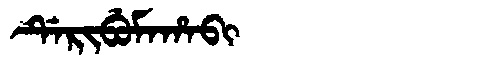
Manchu: ᡩᡝᡵᡳᠪᡠᠮᠠᡥᠠᠪᡳ
Romanization: DERIBUMAHABI